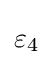
{{{\text{ }}\!\!\varepsilon \!\!{\text{ }}}_{4}}